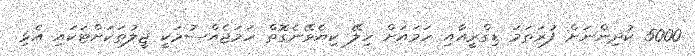
5000 ކުދިންނަށް ފުރަތަމަ ޑިގްރީއާއި ހަމައަށް ހިލޭ ކިޔެވޭނެގޮތް ހަމަޖެއްސުމަކީ ޖީލުތަކަށްޓަކައި އެޅި